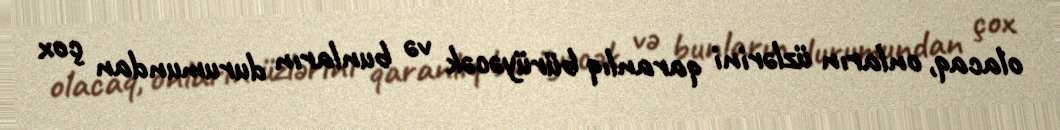
olacaq, onların üzlərini qaranlıq bürüyəcək və bunların durumundan çox